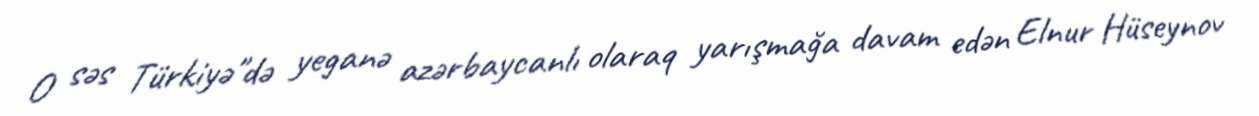
O səs Türkiyə"də yeganə azərbaycanlı olaraq yarışmağa davam edən Elnur Hüseynov